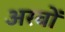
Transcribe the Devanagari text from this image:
अरवों